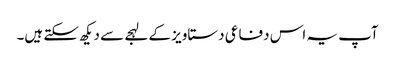
آپ یہ اس دفاعی دستاویز کے لہجے سے دیکھ سکتے ہیں۔